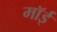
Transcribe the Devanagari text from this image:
मॉई